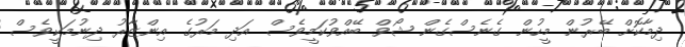
ދިމާކޮށް ބޭރުން މީހުން ގެނެސްގެން ޝޯވް ބޭއްވުކަމީވެސް އަދި މަރުގެ އިންޒާރު ދިނުމަކީވެސް